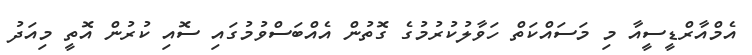
އެމްއާރްޑީސީއާ މި މަސައްކަތް ހަވާލުކުރުމުގެ ގޮތުން އެއްބަސްވުމުގައި ސޮއި ކުރުން އޮތީ މިއަދު